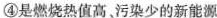
④是燃烧热值高。污染少的新能源